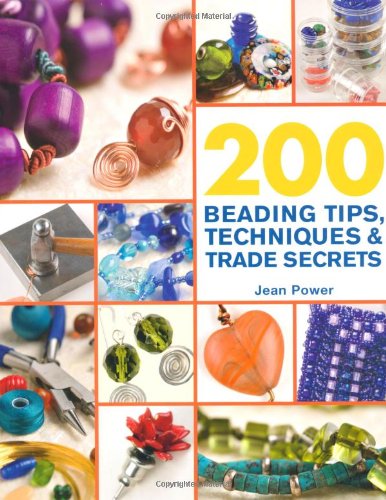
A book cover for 200 Beading Tips, Techniques & Trade Secrets: An Indispensable Compendium of Technical Know-How and Troubleshooting Tips (200 Tips, Techniques & Trade Secrets); Jean Power; Crafts, Hobbies & Home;